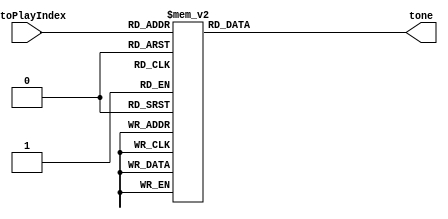
module toneTable (autoPlayIndex,tone);
input [4:0] autoPlayIndex;
output reg [14:0]tone;

always @ (autoPlayIndex)
	case(autoPlayIndex)
 		5'b01001: tone = 9542;  //1
 		5'b01010: tone = 8504;  //2
 		5'b01011: tone = 7576;  //3
 		5'b01100: tone = 7162;  //4
	 	5'b01101: tone = 6378;  //5
	 	5'b01110: tone = 5682;  //6
 		5'b01111: tone = 5060;  //7
 		5'b11001: tone = 4771;  //11
 		5'b11010: tone = 4252;  //22
 		5'b11011: tone = 3788;  //33
 		5'b11100: tone = 3581;  //44
 		5'b11101: tone = 3189;  //55
 		5'b11110: tone = 2841;  //66
 		5'b11111: tone = 2530;  //77
 		
 		5'b00001: tone = 8035;  //2.5 b3
 		5'b00010: tone = 6020;  //5.5 b6
 		5'b00011: tone = 5363;  //6.5 b7
 
 		default: tone = 0;
	endcase
endmodule